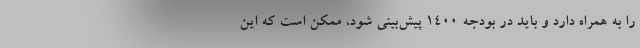
را به همراه دارد و باید در بودجه ۱۴۰۰ پیش‌بینی شود، ممکن است که این